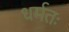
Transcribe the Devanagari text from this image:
धर्मतः